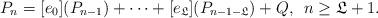
LaTeX: \begin{align*}P_{n} = [e_0](P_{n-1}) + \cdots + [e_{\mathfrak{L}}](P_{n-1-\mathfrak{L}}) + Q, \,\ n \geq \mathfrak{L}+1.\end{align*}